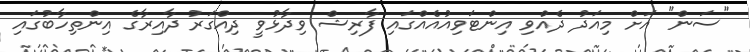
"ސަން" އަށް މިއަދު ދެއްވި އިންޓަވިއުއެއްގައި ފާރިޝް ވިދާޅުވީ ދިއްގަރު ދާއިރާގެ އިންތިހާބުގައި